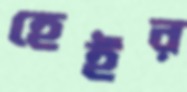
হেইর